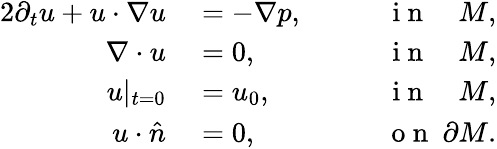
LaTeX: \begin{array}{rlr}{{2}\partial_{t}u+u\cdot\nabla u}&{{}=-\nabla p,}&{\qquad\mathrm{~i~n~}\quad M,}\\ {\nabla\cdot u}&{{}=0,}&{\qquad\mathrm{~i~n~}\quad M,}\\ {u|_{t=0}}&{{}=u_{0},}&{\qquad\mathrm{~i~n~}\quad M,}\\ {u\cdot\hat{n}}&{{}=0,}&{\qquad\mathrm{~o~n~}\ \partial M.}\end{array}